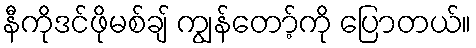
နီကိုဒင်ဖိုမစ်ချ် ကျွန်တော့်ကို ပြောတယ်။